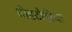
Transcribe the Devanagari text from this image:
घोडदौडीचा